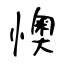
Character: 懊